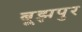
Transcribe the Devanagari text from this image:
बूझपुर